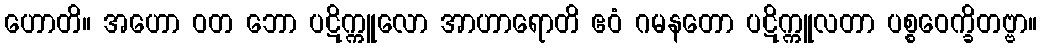
ဟောတိ။ အဟော ဝတ ဘော ပဋိက္ကူလော အာဟာရောတိ ဧဝံ ဂမနတော ပဋိက္ကူလတာ ပစ္စဝေက္ခိတဗ္ဗာ။